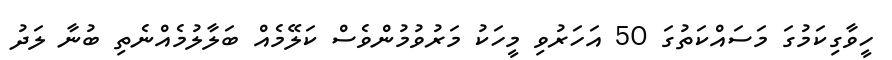
ހީވާގިކަމުގަ މަސައްކަތުގަ 50 އަހަރުވި މީހަކު މަރުވުމުންވެސް ކަލޭމެއް ބަލާލުމެއްނެތި ބުނާ ލަދު